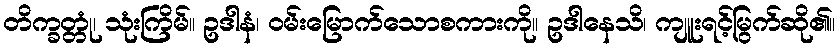
တိက္ခတ္တုံ၊ သုံးကြိမ်။ ဥဒါနံ၊ ဝမ်းမြောက်သောစကားကို။ ဥဒါနေသိ၊ ကျူးရင့်မြွက်ဆို၏။